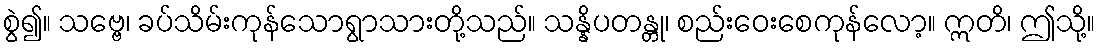
စွဲ၍။ သဗ္ဗေ၊ ခပ်သိမ်းကုန်သောရွာသားတို့သည်။ သန္နိပတန္တု၊ စည်းဝေးစေကုန်လော့။ ဣတိ၊ ဤသို့။